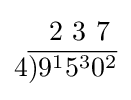
{\begin{matrix}\quad 2\ 3\ 7\\4{\overline {)9^{1}5^{3}0^{2}}}\\\end{matrix}}